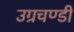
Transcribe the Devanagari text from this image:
उग्रचण्डी